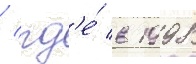
/ гд'е́ в 1998